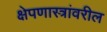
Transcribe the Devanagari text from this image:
क्षेपणास्त्रांवरील